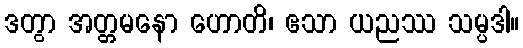
ဒတွာ အတ္တမနော ဟောတိ၊ ဧသာ ယညဿ သမ္ပဒါ။